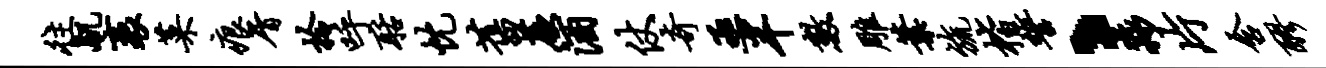
往肌袤菜痕屑拎呼聒忱旧蕨酒仗奇亟半数雕叶旒楷誓丶淼片含醪